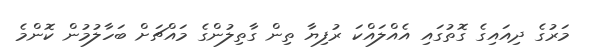
މަރުގެ ދިއައިގެ ގޮތުގައި އެއްލައްކަ ރުފިޔާ ތިން ގާތިލުންގެ މައްޗަށް ބަހާލުމުން ކޮންމެ